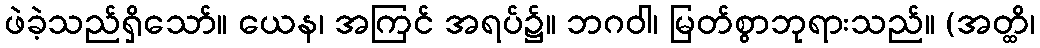
ဖဲခဲ့သည်ရှိသော်။ ယေန၊ အကြင် အရပ်၌။ ဘဂဝါ၊ မြတ်စွာဘုရားသည်။ (အတ္ထိ၊